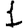
Digit: 1